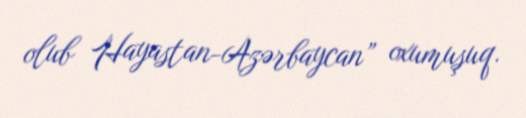
olub Hayastan-Azərbaycan” oxumuşuq.